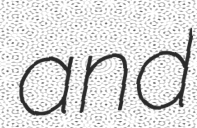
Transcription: and